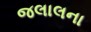
જલાલના